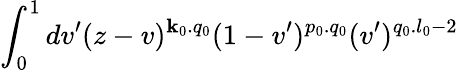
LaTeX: \int_{0}^{1}dv^{\prime}(z-v)^{\mathbf{k}_{0}.q_{0}}(1-v^{\prime})^{p_{0}.q_{0}}(v^{\prime})^{q_{0}.l_{0}-2}